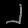
Digit: ၂